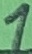
Text: 1